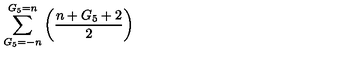
\sum _ { G _ { 5 } = - n } ^ { G _ { 5 } = n } \left( \frac { n + G _ { 5 } + 2 } { 2 } \right)